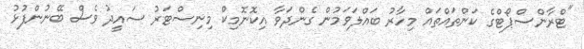
"ޓްރާންސްޕޯޓްގެ ކަންތައްތައް މިހާރު ބައްލަވަމުން ގެންދަވާ އިކޮނޮމިކް މިނިސްޓަރު ސައީދު ވެސް ބޭނުންފުޅު